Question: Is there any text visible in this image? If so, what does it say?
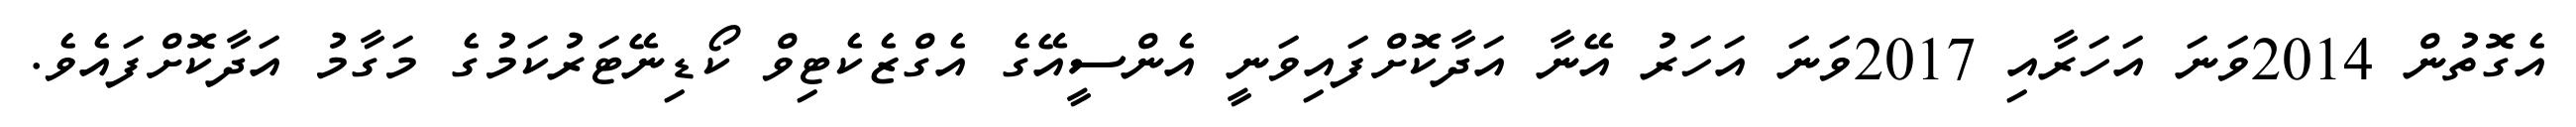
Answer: އެގޮތުން 2014ވަނަ އަހަރާއި 2017ވަނަ އަހަރު އޭނާ އަދާކޮށްފައިވަނީ އެންސީއޭގެ އެގްޒެކެޓިވް ކޯޑިނޭޓަރުކަމުގެ މަގާމު އަދާކޮށްފައެވެ.